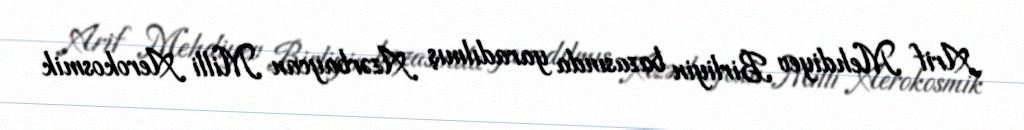
Arif Mehdiyev Birliyin bazasında yaradılmış Azərbaycan Milli Aerokosmik